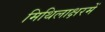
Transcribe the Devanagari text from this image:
मिथिलाक्षरमें